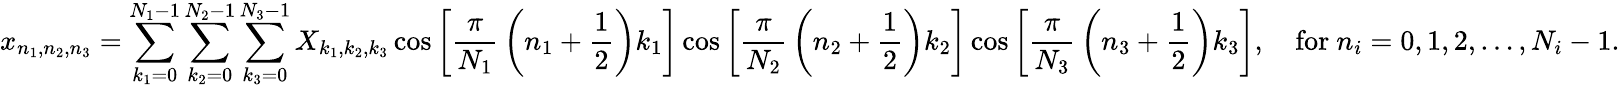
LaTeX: x_{n_{1},n_{2},n_{3}}=\sum_{k_{1}=0}^{N_{1}-1}\sum_{k_{2}=0}^{N_{2}-1}\sum_{k_{3}=0}^{N_{3}-1}X_{k_{1},k_{2},k_{3}}\cos\left[{\frac{\pi}{N_{1}}}\left(n_{1}+{\frac{1}{2}}\right)k_{1}\right]\cos\left[{\frac{\pi}{N_{2}}}\left(n_{2}+{\frac{1}{2}}\right)k_{2}\right]\cos\left[{\frac{\pi}{N_{3}}}\left(n_{3}+{\frac{1}{2}}\right)k_{3}\right],\quad{\mathrm{for~}}n_{i}=0,1,2,\dots,N_{i}-1.